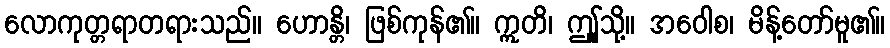
လောကုတ္တရာတရားသည်။ ဟောန္တိ၊ ဖြစ်ကုန်၏။ ဣတိ၊ ဤူသို့။ အဝေါစ၊ မိန့်တော်မူ၏။